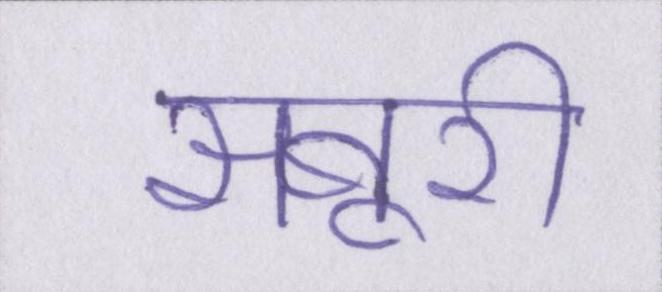
सबूरी